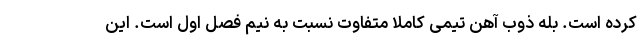
کرده است. بله ذوب آهن تیمی کاملا متفاوت نسبت به نیم فصل اول است. این